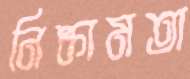
নিষ্কামতা